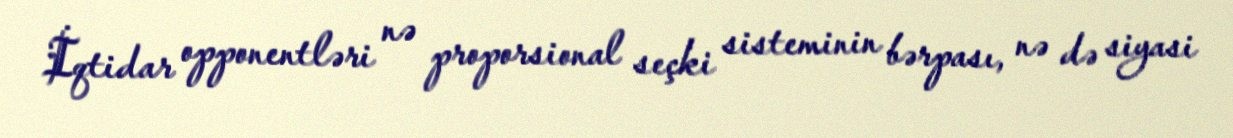
İqtidar opponentləri nə proporsional seçki sisteminin bərpası, nə də siyasi